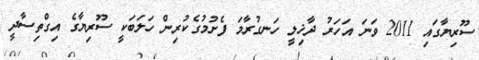
ސޫރިޔާގައި 2011 ވަނަ އަހަރު ދާޚިލީ ހަނގުރާމަ ފެށުމުގެކުރިން ހަލަބަކީ ސޫރިޔާގެ އިގްތިސާދީ